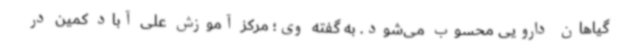
گیاهان دارویی محسوب می‌شود. به گفته وی؛ مرکز آموزش علی آباد کمین در